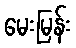
မေးမြန်း